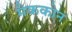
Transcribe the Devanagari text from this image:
मैककोन